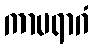
ကာမရာဂံ